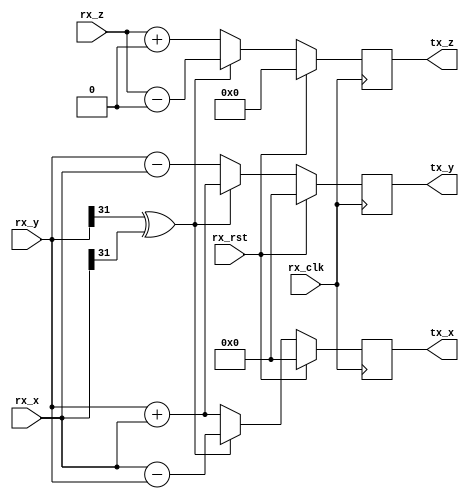
module CORDIC_ATAN_UNIT(rx_rst,rx_clk,rx_x,rx_y,rx_z,tx_x,tx_y,tx_z);
parameter shift=0,para=0;
input rx_rst,rx_clk;
input signed[31:0] rx_x,rx_y;
input signed[11:0] rx_z;
output[31:0] tx_x,tx_y;
output[11:0] tx_z;
//assign tx_x=(rx_y[15]^rx_x[15])?(rx_x-(rx_y>>>shift)):(rx_x+(rx_y>>>shift));
//assign tx_y=(rx_y[15]^rx_x[15])?(rx_y+(rx_x>>>shift)):(rx_y-(rx_x>>>shift));
//assign tx_z=(rx_y[15]^rx_x[15])?(rx_z-para):(rx_z+para);
(*keep="yes"*) reg[31:0] tx_x,tx_y;
(*keep="yes"*) reg[11:0] tx_z;


always @(posedge rx_clk) begin
	if(rx_rst) begin
		tx_x <= 32'b0;
		tx_y <= 32'b0;
		tx_z <= 12'b0;
	end
	else begin
		if(rx_y[31]^rx_x[31]) begin
			tx_x <= rx_x - (rx_y>>>shift);
			tx_y <= rx_y + (rx_x>>>shift);
			tx_z <= rx_z - para;
		end
		else begin
			tx_x <= rx_x + (rx_y>>>shift);
			tx_y <= rx_y - (rx_x>>>shift);
			tx_z <= rx_z + para;
		end
	end
end


endmodule